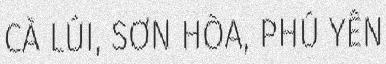
CÀ LÚI, SƠN HÒA, PHÚ YÊN